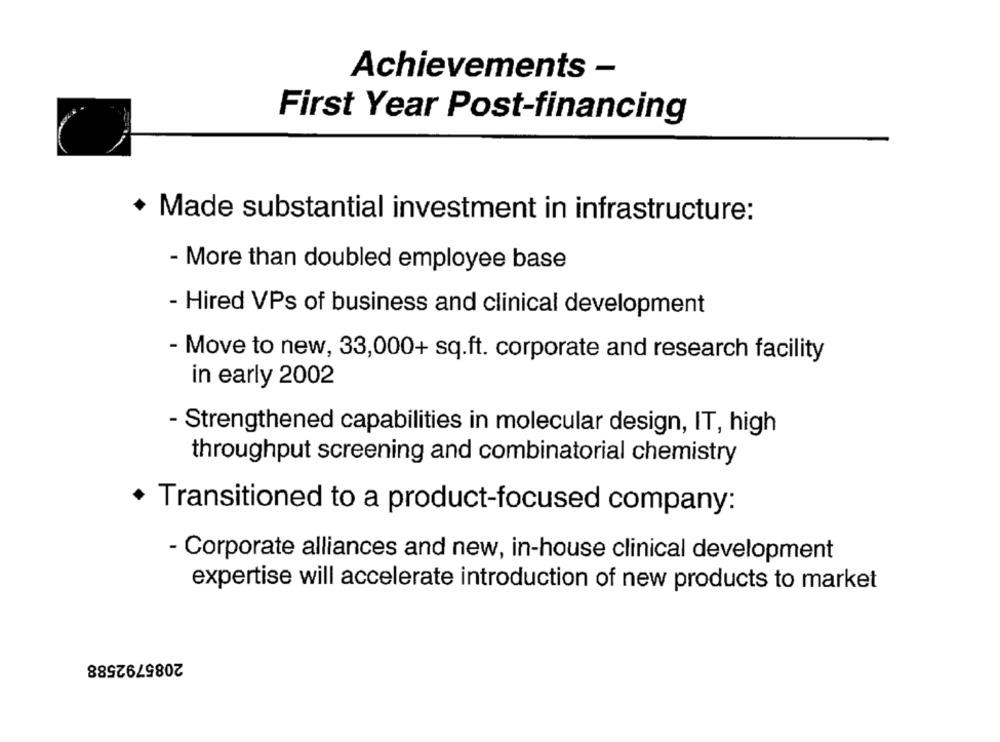
Achievements -
First Year Post-financing
+ Made substantial investment in infrastructure:
- More than doubled employee base
- Hired VPs of business and clinical development
- Move to new, 33,000+ sq.ft. corporate and research facility
in early 2002
- Strengthened capabilities in molecular design, IT, high
throughput screening and combinatorial chemistry
+ Transitioned to a product-focused company:
- Corporate alliances and new, in-house clinical development
expertise will accelerate introduction of new products to market
2085792588